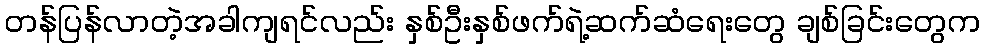
တန်ပြန်လာတဲ့အခါကျရင်လည်း နှစ်ဦးနှစ်ဖက်ရဲ့ဆက်ဆံရေးတွေ ချစ်ခြင်းတွေက